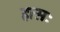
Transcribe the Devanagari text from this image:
हासः